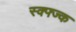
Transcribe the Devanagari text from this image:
स्क्फ्ज्क